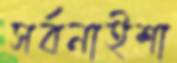
সর্বনাইশা